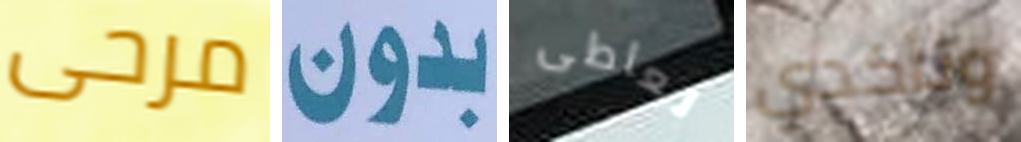
مرحى بدون تعاطى وتأكدي